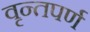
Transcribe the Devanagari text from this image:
वृन्तपर्ण